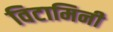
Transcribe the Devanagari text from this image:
विटामिनी